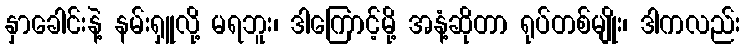
နှာခေါင်းနဲ့ နမ်းရှူလို့ မရဘူး၊ ဒါကြောင့်မို့ အနံ့ဆိုတာ ရုပ်တစ်မျိုး၊ ဒါကလည်း